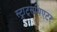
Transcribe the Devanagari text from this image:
स्ट्राट्सथिएटर